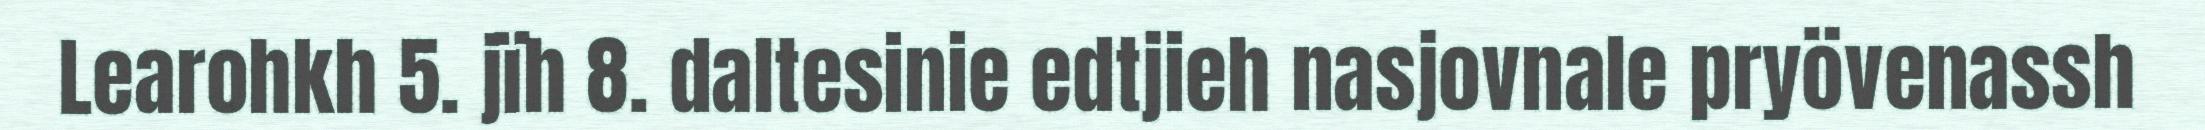
Learohkh 5. jïh 8. daltesinie edtjieh nasjovnale pryövenassh